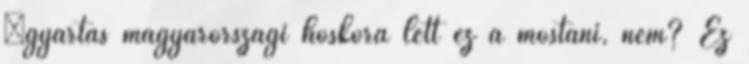
“gyártás magyarországi hőskora lett ez a mostani, nem? Ez